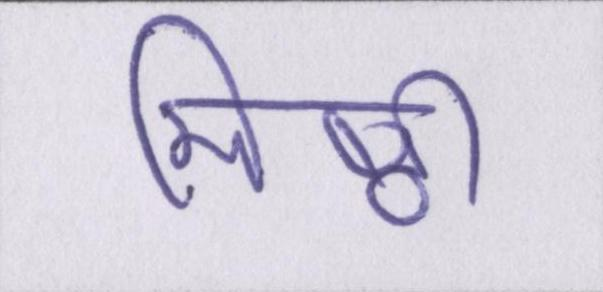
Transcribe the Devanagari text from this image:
मिष्ठी